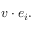
v \cdot e _ { i } .